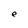
Character: e